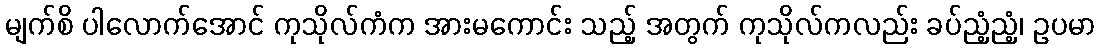
မျက်စိ ပါလောက်အောင် ကုသိုလ်ကံက အားမကောင်း သည့် အတွက် ကုသိုလ်ကလည်း ခပ်ညံ့ညံ့၊ ဥပမာ